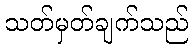
သတ်မှတ်ချက်သည်